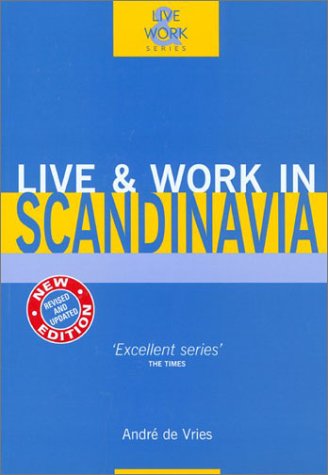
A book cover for Live & Work in Scandinavia, 2nd (Live & Work - Vacation Work Publications); Andre De Vries; Travel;